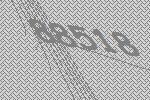
88518